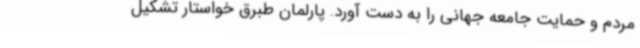
مردم و حمایت جامعه جهانی را به دست آورد. پارلمان طبرق خواستار تشکیل